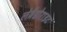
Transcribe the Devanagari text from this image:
लेब्रैडोराइट